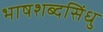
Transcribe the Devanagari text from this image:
भाषशब्दसिंधु